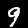
Digit: 9